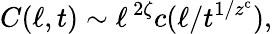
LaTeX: C(\ell,t)\sim\ell^{\, 2\zeta}c(\ell/t^{1/z^{\mathrm{c}}}),